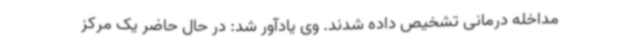
مداخله درمانی تشخیص داده شدند. وی یادآور شد: در حال حاضر یک مرکز